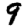
Digit: 9